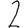
Digit: 2